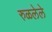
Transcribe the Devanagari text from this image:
रुळलेले